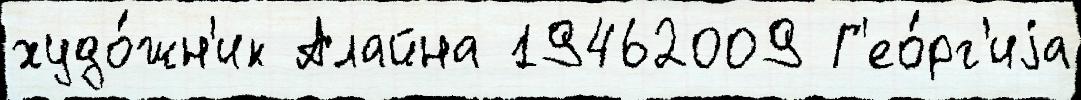
худо́жн'ик Алайна 19462009 Г'ео́рг'иjа